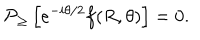
{ \cal P } _ { \geq } \left[ e ^ { - i \theta / 2 } f ( R , \theta ) \right] = 0 .